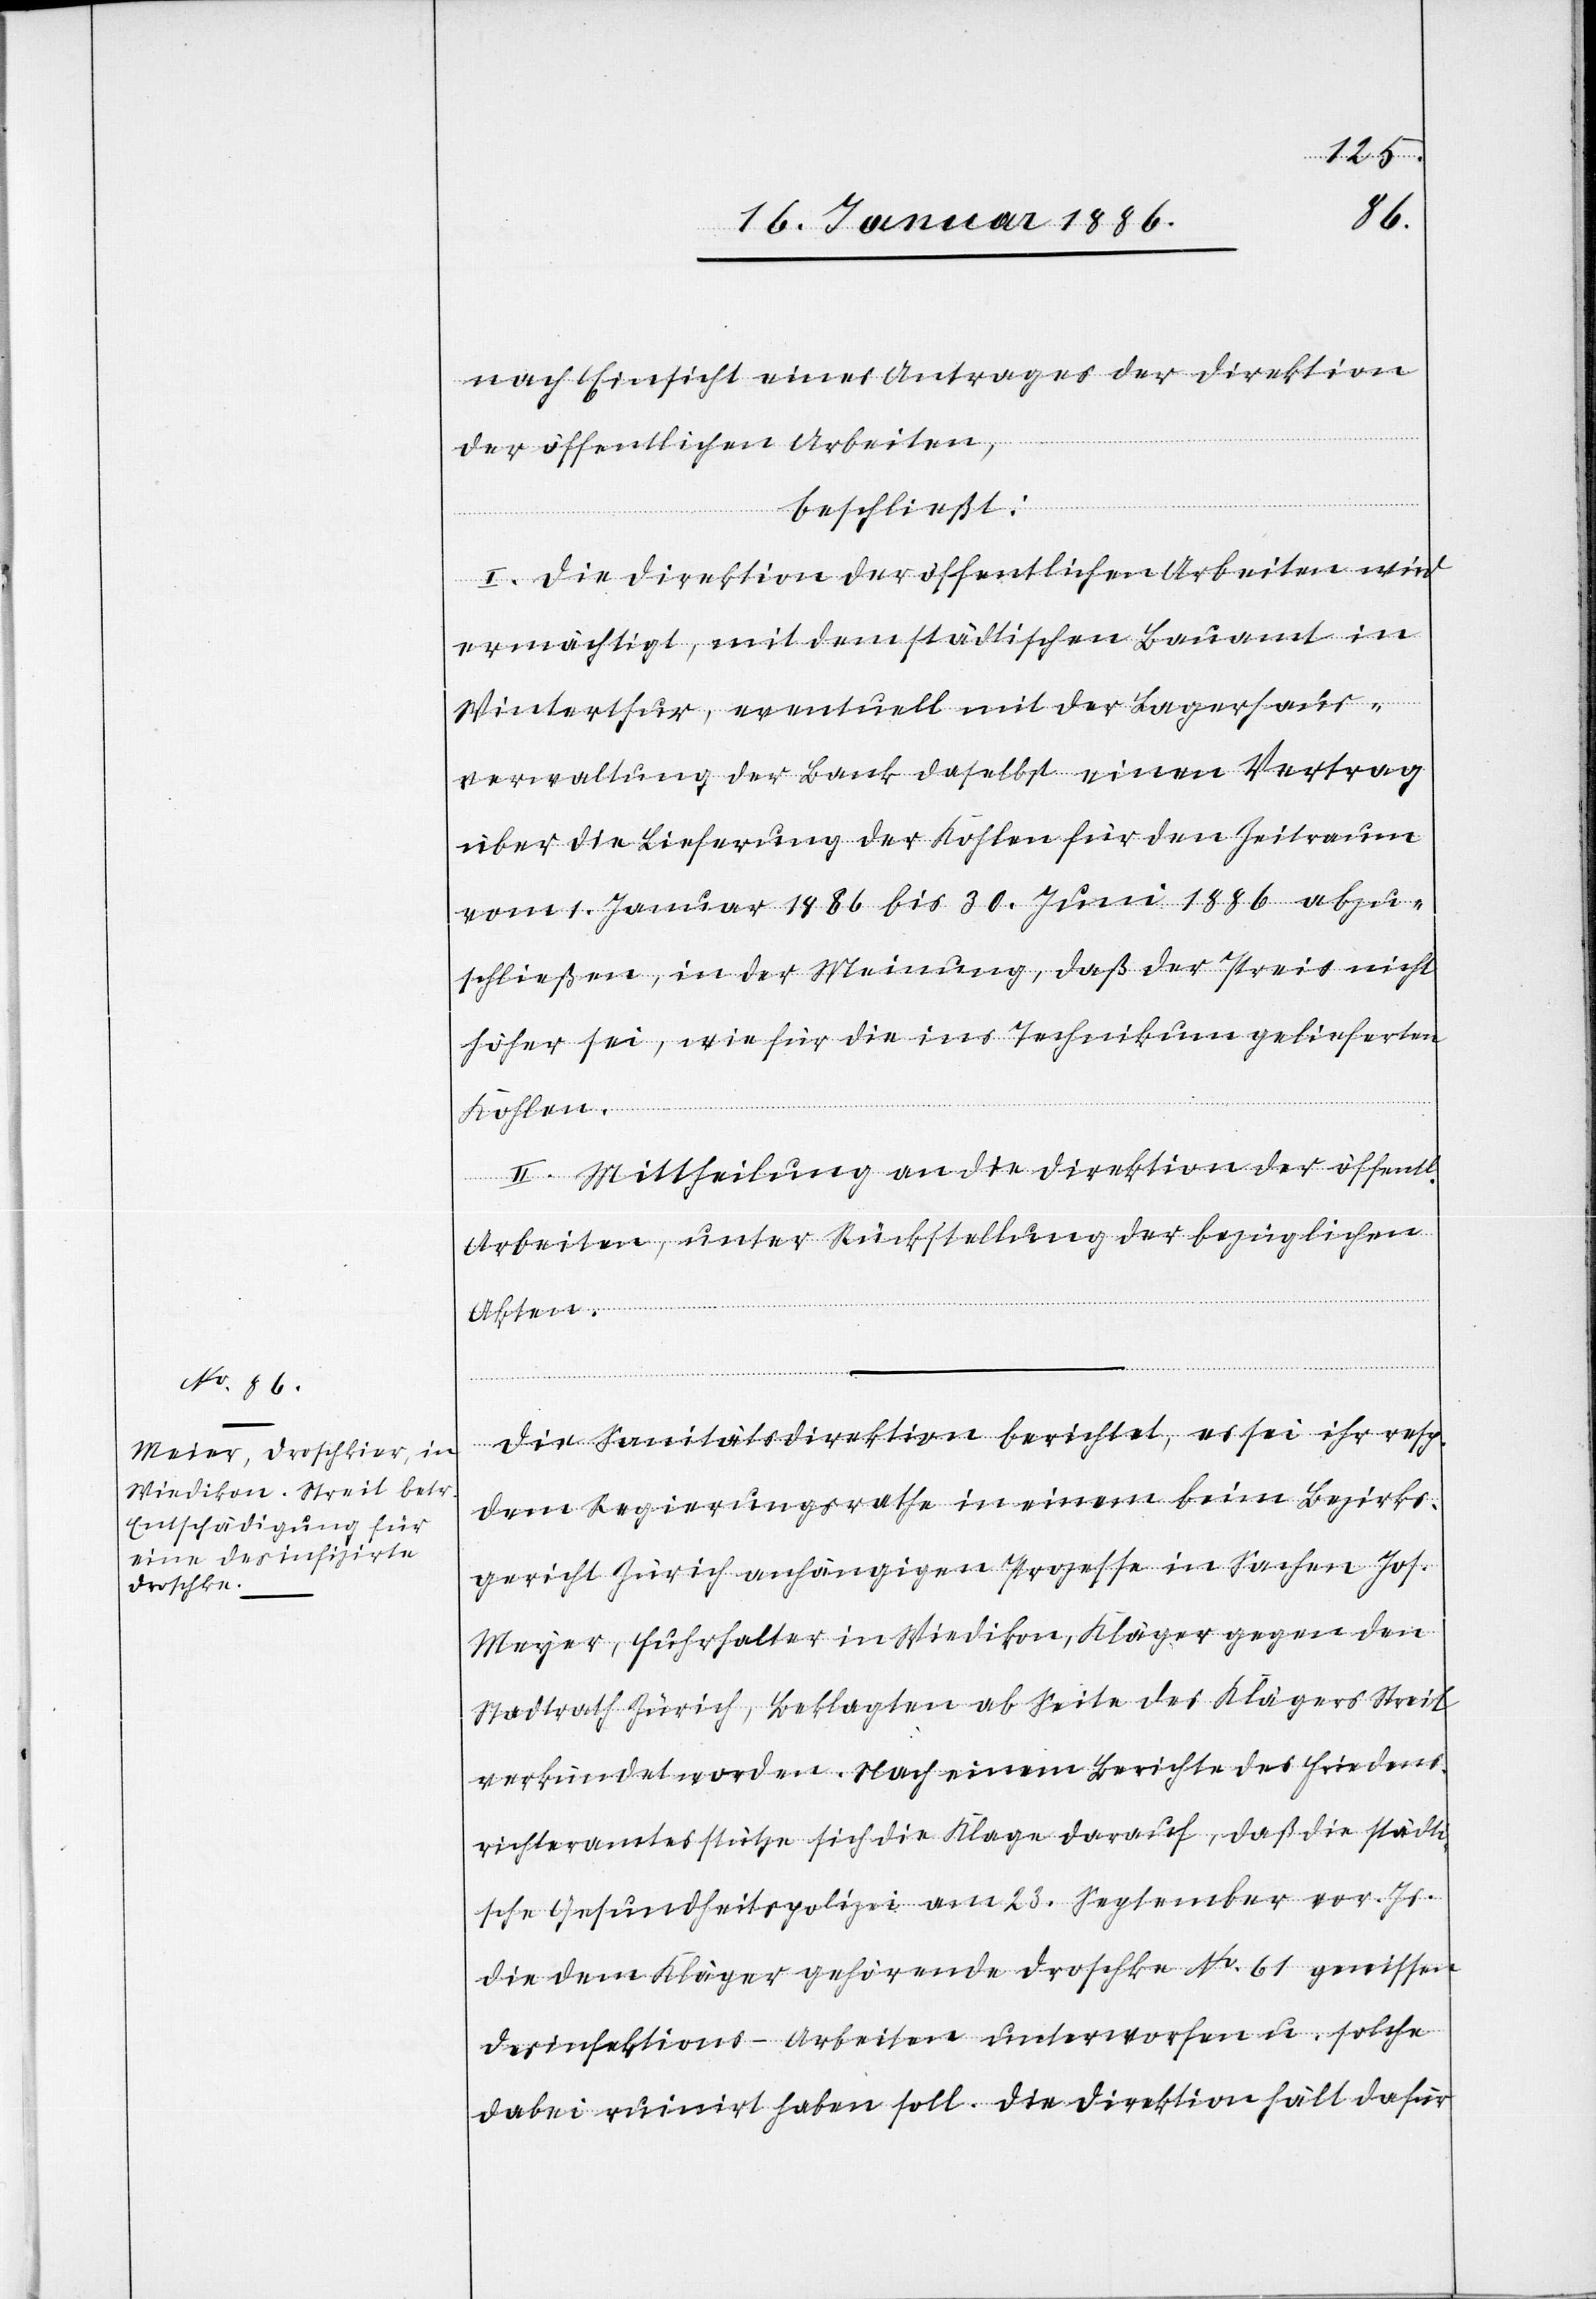
nach Einsicht eines Antrags der Direktion
der öffentlichen Arbeiten,
beschließt:
I. Die Direktion der öffentlichen Arbeiten wird
ermächtigt, mit dem städtischen Bauamt in
Winterthur, eventuell mit der Lagerhaus¬
verwaltung der Bank daselbst einen Vertrag
über die Lieferung der Kosten für den Zeitraum
vom 1. Januar 1886 bis 30. Juni 1886 abzu¬
schließen, in der Meinung, daß der Preis nicht
höher sei, wie für die ins Technikum gelieferten
Kohlen.
II. Mittheilung an die Direktion der öffent¬
Arbeiten, unter Rückstellung der bezüglichen
Akten.
lichen
Die Sanitätsdirektion berichtet, es sei ihr resp.
dem Regierungsrathe in einem beim Bezirks¬
gericht Zürich anhängigen Prozesse in Sachen Joh.
[sic!], Fuhrhalter in Wiedikon, Kläger gegen den
Stadtrath Zürich, Beklagten ab Seite des Klägers Streit
verkündet worden. Nach einem Berichte des Frieden¬
richteramtes stütze sich die Klage darauf, daß die städti¬
sche Gesundheitspolizei am 23. September vor. Js.
die dem Kläger gehörende Droschke No. 61 gewissen
Desinfektions-Arbeiten unterworfen u. solche
dabei ruinirt haben soll. Die Direktion hält dafür